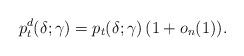
LaTeX: \begin{align*} p_t^d(\delta; \gamma) = p_t(\delta; \gamma) \, (1+o_n(1)). \end{align*}